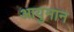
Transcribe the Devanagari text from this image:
आयुमान